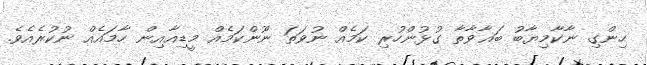
ހިންގި ނާކާމިޔާބު ބަޣާވާތާ ގުޅުންހުރި ކަމެއް ނުވަތަ ނޫންކަމެއް މީޑިއާއިން ހާމައެއް ނުކުރެއެވެ.